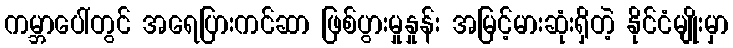
ကမ္ဘာပေါ်တွင် အရေပြားကင်ဆာ ဖြစ်ပွားမှုနှုန်း အမြင့်မားဆုံးရှိတဲ့ နိုင်ငံမျိုးမှာ